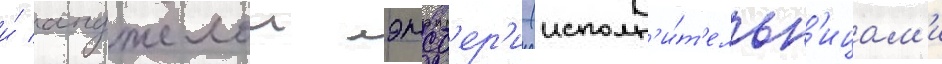
и́ анджелои лэнсб'ер'и (исполн'и́т'ельн'ицам'и